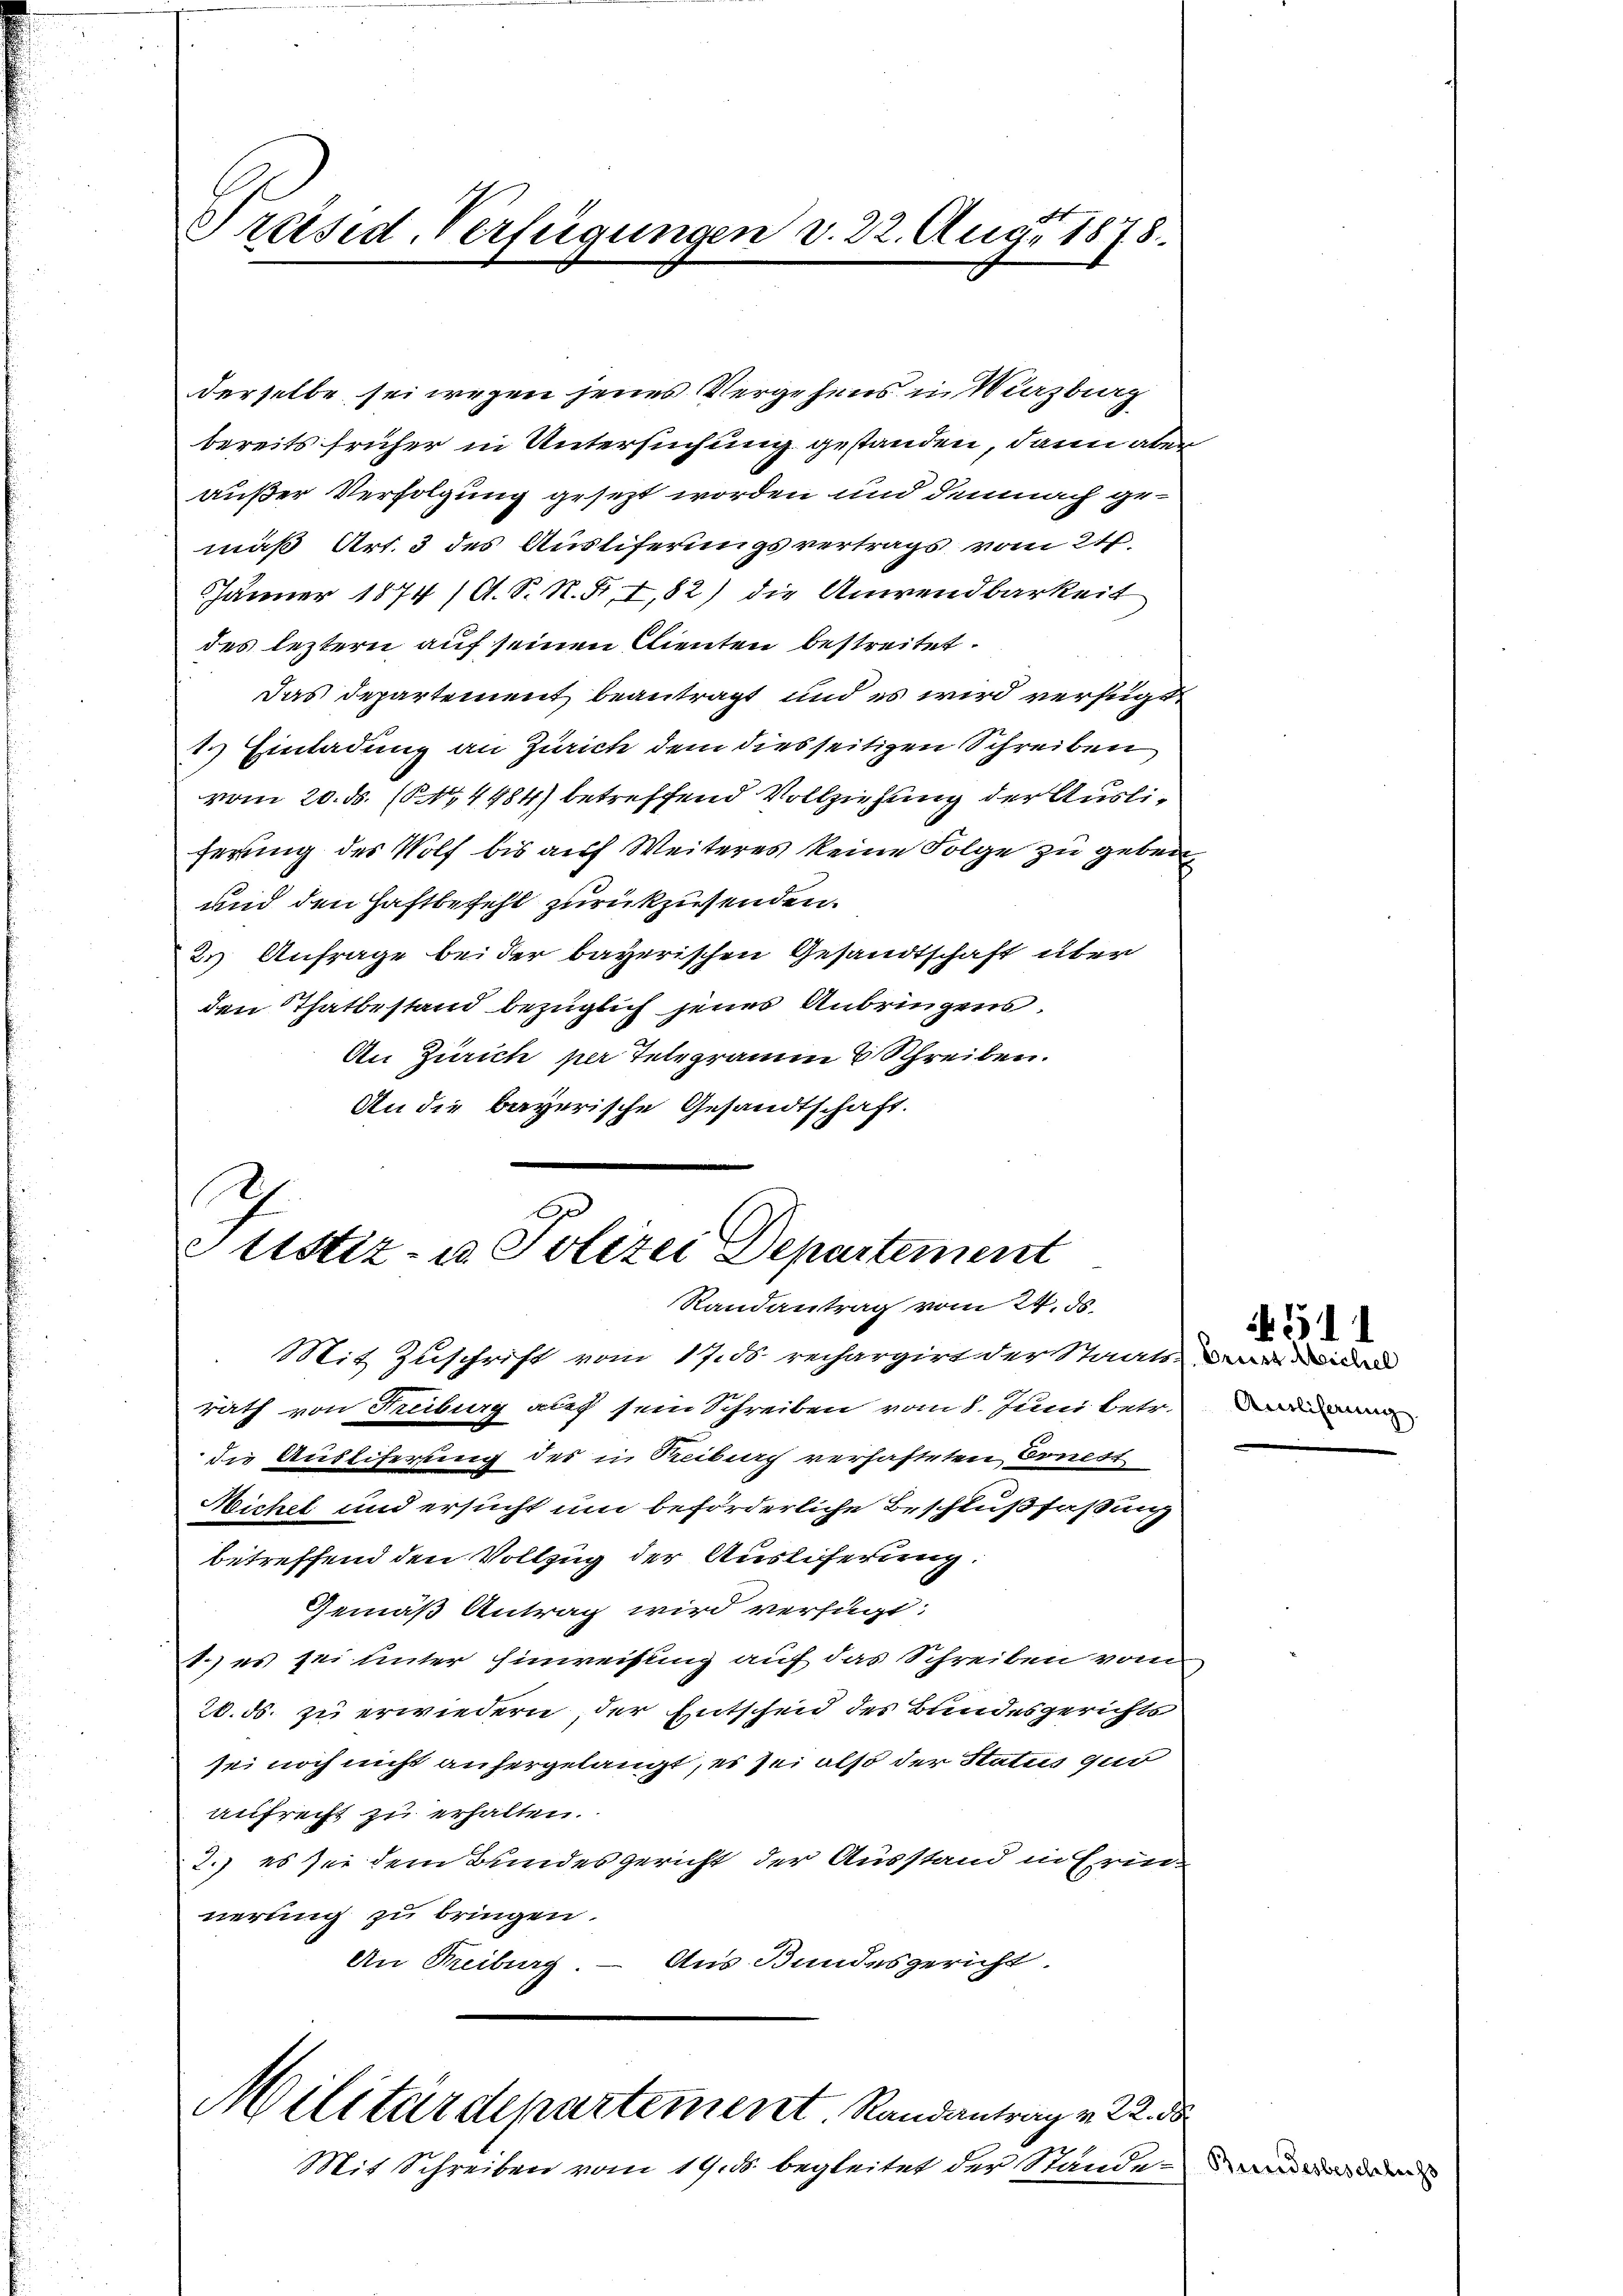
Präsid. Verfügungen v. 22. Aug. 1878.

derselbe sei wegen jenes Vergehens in Würzburg
bereits früher in Untersuchung gestanden, dann aber
außer Verfolgung gesezt worden und demnach gemäß Art. 3 des Auslieferungsvertrags vom 21.
Jänner 1874 (A. S. R. S. I, 82) die Anwendbarkeit
des leztern auf seinen Clienten bestreitet.
Das Departement beantragt und es wird verfügt
1. Einladung an Zürich dem diesseitigen Schreiben
vom 20. ds. (14484) betreffend Vollziehung der Ausliferung des Wolf bis auf Weiteres keine Folge zu geben
und den Haftbefehl zurückzusenden.
2) Anfrage bei der bayerischen Gesandtschaft über
den Thatbestand bezüglich jenes Anbringens.
An Zürich per Telegramm 8 Schreiben.
An die bayerische Gesandtschaft.

1
1
Justiz- u. Polizei Departement
Randantrag vom 24. ds.
Mit Zuschrift von 17. 18. rechargirt der Staatsa

rath von Fruburg auf sein Schreiben vom 8. Juni betr. die
die Austiferung des in Treibuch verhafteten Ernest
Wichel und ersucht um beförderliche Beschlußfaßung
betreffend den Vollzug der Ausliferung:
Gemäß Antrag wird verfügt:
1.) es sei unter Einweisung auf das Schreiben vom
20. ds. zu erwiedern, der Entscheid des Bundesgerichts
sei noch nicht anhergelangt, es sei also der Status gut
aufrecht zu erhalten.
2.) es sei dem Bundesgericht der Ausstand in Erin-
nerung zu bringen.
Aus Bandesgericht.
An Freiburg.

Militärdepartement. Randantrag v. 22. d
Mit Schreiben vom 19. ds. begleitet der Standen de

4511